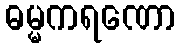
ဓမ္မကရဏော